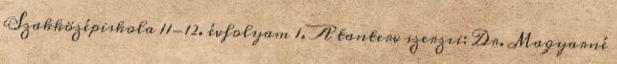
Szakközépiskola 11-12. évfolyam 1. A tanterv szerzıi: Dr. Magyarné